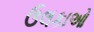
ઉલકાઓ